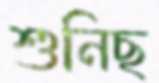
শুনিছ